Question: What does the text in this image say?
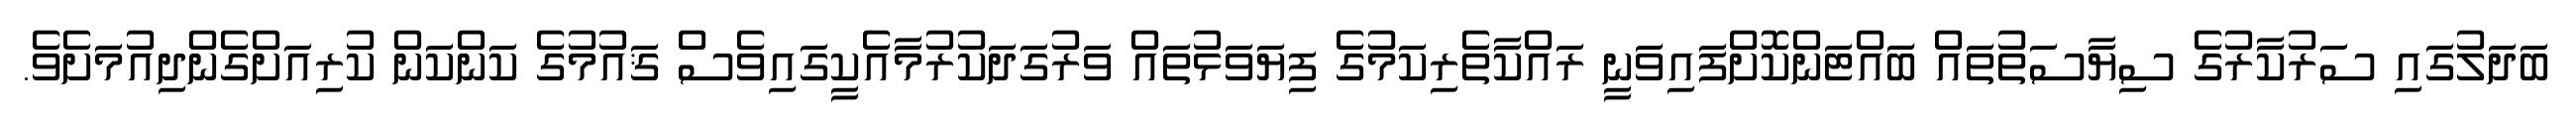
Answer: ބަދަލުގައި ސަރުކާރުގެ ސިޔާސަތުތައް ބަައްޓަންކޮށްފައިވަނީ ރައްކާތެރިކަމުގެ ފިޔަވަޅުތައް ވަރުގަދަކުރުމާއެކީގައިވެސް ޤައުމުގެ ކަންކަން ކުރިއަށްގެންދިއުމަށެވެ.